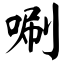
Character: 唰